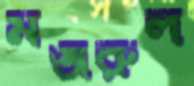
মঞ্জরুল